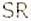
SR